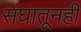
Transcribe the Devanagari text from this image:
संघातूनही